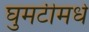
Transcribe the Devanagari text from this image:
घुमटीमधे